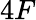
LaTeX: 4F